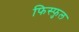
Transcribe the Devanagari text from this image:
फिस्फुल